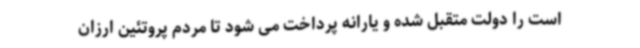
است را دولت متقبل شده و یارانه پرداخت می شود تا مردم پروتئین ارزان